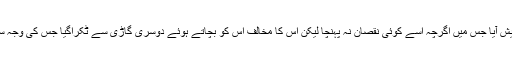
جس کے نتیجے میں ایک سنگین حادثہ پیش آیا جس میں اگرچہ اسے کوئی نقصان نہ پہنچا لیکن اس کا مخالف اس کو بچاتے ہوئے دوسری گاڑی سے ٹکراگیا جس کی وجہ سے دوسرے دونوں افراد کو نقصان پہنچا۔